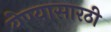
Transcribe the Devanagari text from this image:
येण्यासारठी